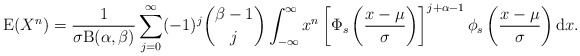
\begin{align*}\mathrm{E}(X^n)&=\frac{1}{\sigma \mathrm{B}(\alpha,\beta)}\sum_{j=0}^{\infty}(-1)^j\binom{\beta-1}{j}\int_{-\infty}^\infty x^n\left[\Phi_s\left(\frac{x-\mu}{\sigma}\right)\right]^{j+\alpha-1}\phi_s \left(\frac{x-\mu}{\sigma}\right)\mathrm{d}x.\end{align*}